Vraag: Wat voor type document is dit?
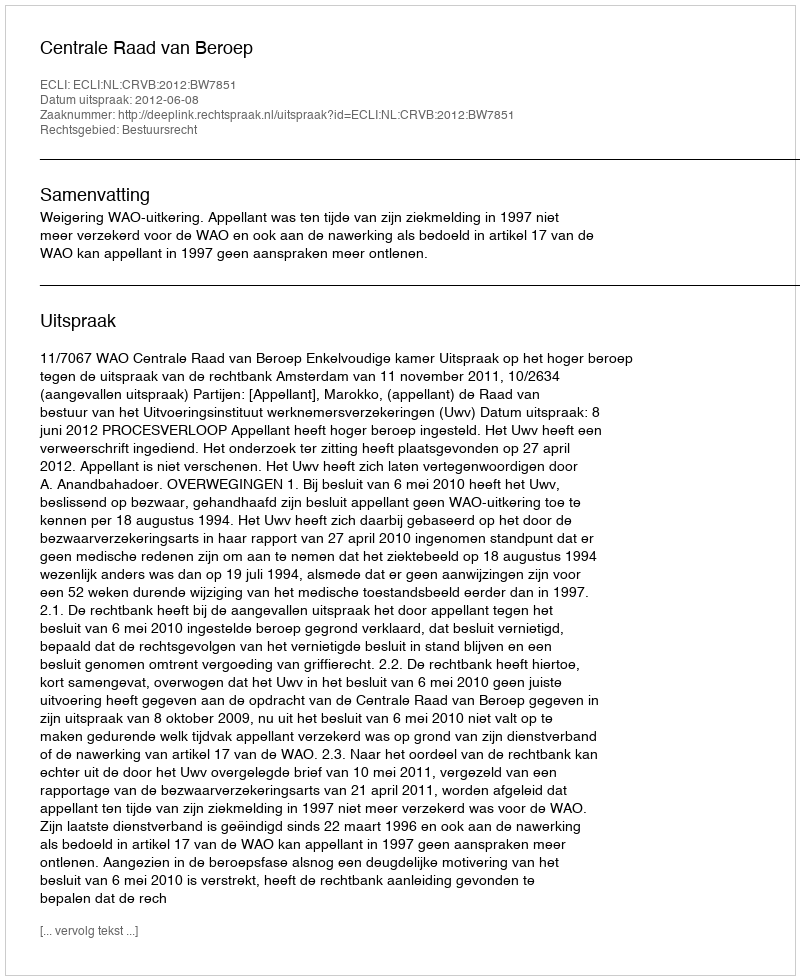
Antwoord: Uitspraak